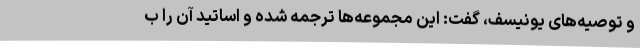
و توصیه‌های یونیسف، گفت: این مجموعه‌ها ترجمه شده و اساتید آن را ب